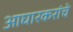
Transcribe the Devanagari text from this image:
आघारकरांचे